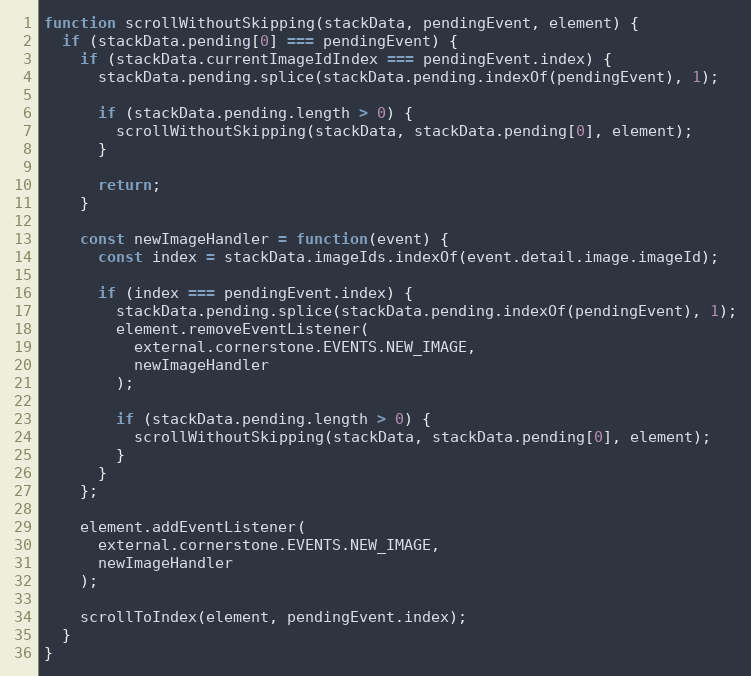
Language: JavaScript
function scrollWithoutSkipping(stackData, pendingEvent, element) {
  if (stackData.pending[0] === pendingEvent) {
    if (stackData.currentImageIdIndex === pendingEvent.index) {
      stackData.pending.splice(stackData.pending.indexOf(pendingEvent), 1);

      if (stackData.pending.length > 0) {
        scrollWithoutSkipping(stackData, stackData.pending[0], element);
      }

      return;
    }

    const newImageHandler = function(event) {
      const index = stackData.imageIds.indexOf(event.detail.image.imageId);

      if (index === pendingEvent.index) {
        stackData.pending.splice(stackData.pending.indexOf(pendingEvent), 1);
        element.removeEventListener(
          external.cornerstone.EVENTS.NEW_IMAGE,
          newImageHandler
        );

        if (stackData.pending.length > 0) {
          scrollWithoutSkipping(stackData, stackData.pending[0], element);
        }
      }
    };

    element.addEventListener(
      external.cornerstone.EVENTS.NEW_IMAGE,
      newImageHandler
    );

    scrollToIndex(element, pendingEvent.index);
  }
}